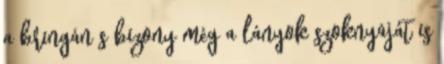
a bringán s bizony még a lányok szoknyáját is